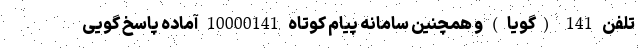
تلفن 141 (گویا ) و همچنین سامانه پیام کوتاه 10000141 آماده پاسخ گویی